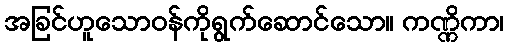
အခြင်ဟူသောဝန်ကိုရွက်ဆောင်သော။ ကဏ္ဏိကာ၊